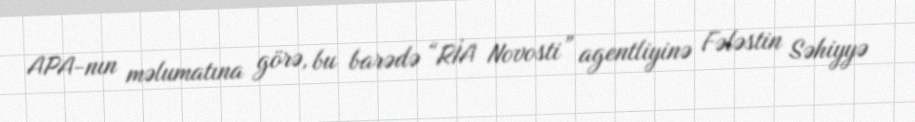
APA-nın məlumatına görə, bu barədə “RİA Novosti” agentliyinə Fələstin Səhiyyə